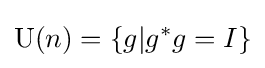
\mathrm {U} (n)=\{g|g^{*}g=I\}